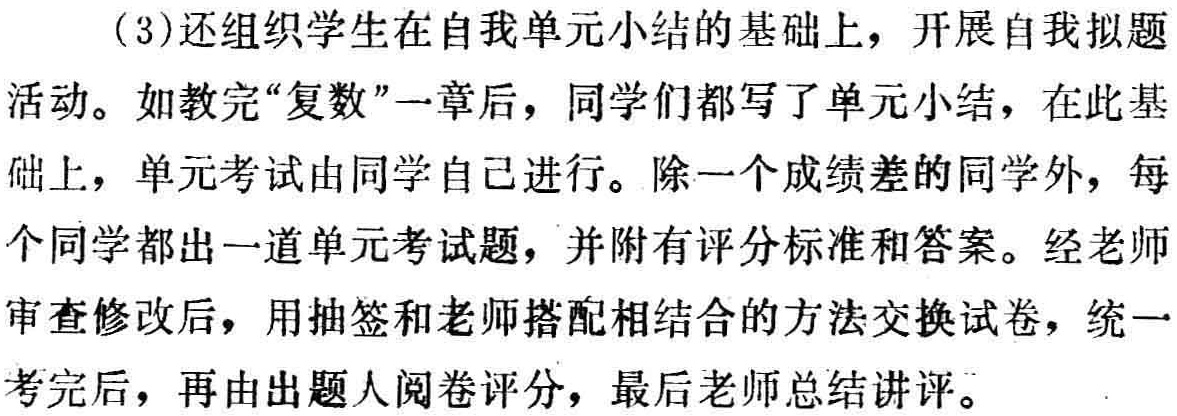
（3）还组织学生在自我单元小结的基础上，开展自我拟题活动。如教完“复数”一章后，同学们都写了单元小结，在此基础上，单元考试由同学自己进行。除一个成绩差的同学外，每个同学都出一道单元考试题，并附有评分标准和答案。经老师审查修改后，用抽签和老师搭配相结合的方法交换试卷，统一考完后，再由出题人阅卷评分，最后老师总结讲评。